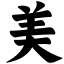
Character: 美